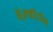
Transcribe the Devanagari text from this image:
वेस्थॉटॉन